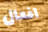
افعال